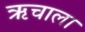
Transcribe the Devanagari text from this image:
ऋचाला